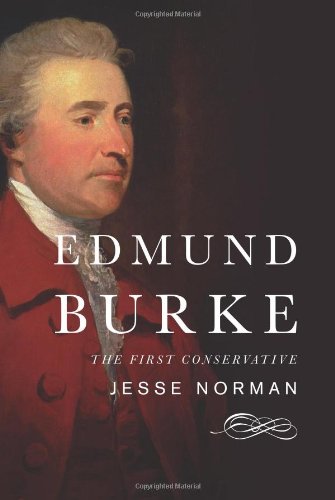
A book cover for Edmund Burke: The First Conservative; Jesse Norman; Biographies & Memoirs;